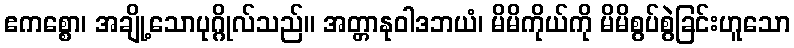
ဧကစ္စော၊ အချို့သောပုဂ္ဂိုလ်သည်။ အတ္တာနုဝါဒဘယံ၊ မိမိကိုယ်ကို မိမိစွပ်စွဲခြင်းဟူသော